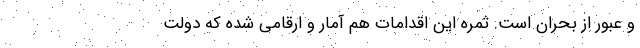
و عبور از بحران است. ثمره این اقدامات هم آمار و ارقامی شده که دولت